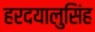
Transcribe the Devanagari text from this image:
हरदयालुसिंह